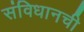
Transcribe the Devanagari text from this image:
संविधानची